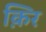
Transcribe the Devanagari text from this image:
क़िर